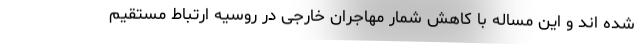
شده اند و این مساله با کاهش شمار مهاجران خارجی در روسیه ارتباط مستقیم